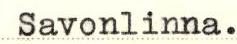
Savonlinna.